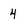
Character: 4